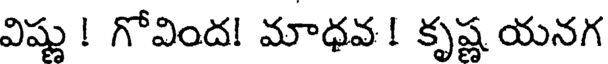
విష్ణు ! గోవింద! మాధవ ! కృష్ణ యనగ